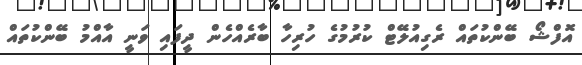
އޮފްޝޯ ބޭންކުތައް ރެގިއުލޭޓް ކުރުމުގެ ހުރިހާ ބާރެއްހެން ދީފައި ވަނީ އާއްމު ބޭންކުތައް